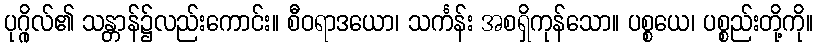
ပုဂ္ဂိုလ်၏ သန္တာန်၌လည်းကောင်း။ စီဝရာဒယော၊ သင်္ကန်း အစရှိကုန်သော။ ပစ္စယေ၊ ပစ္စည်းတို့ကို။